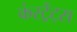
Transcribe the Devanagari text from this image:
कंस्ट्रेंट्स